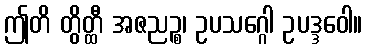
ဤတိ တွိတ္ထီ အဇညဉ္စ၊ ဥပသဂ္ဂေါ ဥပဒ္ဒဝေါ။